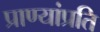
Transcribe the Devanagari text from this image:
प्राण्यांप्रति